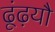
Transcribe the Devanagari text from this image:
ढूंढ़यौ